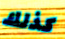
كذلك